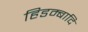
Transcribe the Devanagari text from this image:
हिडम्बादि